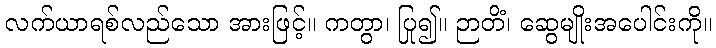
လက်ယာရစ်လည်သော အားဖြင့်။ ကတွာ၊ ပြု၍။ ဉာတိံ၊ ဆွေမျိုးအပေါင်းကို။